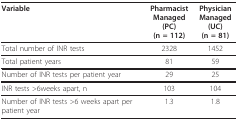
| Variable | PharmacistManaged (PC)(n = 112) | PhysicianManaged (UC)(n = 81) |
 | --- | --- | --- |
 | Total number of INR tests | 2328 | 1452 |
 | Total patient years | 81 | 59 |
 | Number of INR tests per patient year | 29 | 25 |
 | INR tests >6weeks apart, n | 103 | 104 |
 | Number of INR tests >6 weeks apart per patient year | 1.3 | 1.8 |